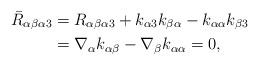
LaTeX: \begin{align*} \bar R_{\alpha\beta\alpha3}&= R_{\alpha\beta \alpha 3}+k_{\alpha 3}k_{\beta \alpha}-k_{\alpha\alpha}k_{\beta 3} \\&=\nabla_\alpha k_{\alpha\beta}-\nabla_\beta k_{\alpha\alpha}=0,\end{align*}